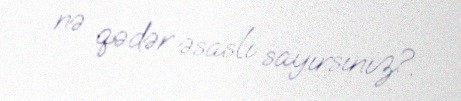
nə qədər əsaslı sayırsınız?.